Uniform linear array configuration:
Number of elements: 8
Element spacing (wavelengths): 0.75
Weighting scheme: kaiser
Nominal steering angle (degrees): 0
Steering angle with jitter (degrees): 1.629
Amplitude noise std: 0.05
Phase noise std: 0.05

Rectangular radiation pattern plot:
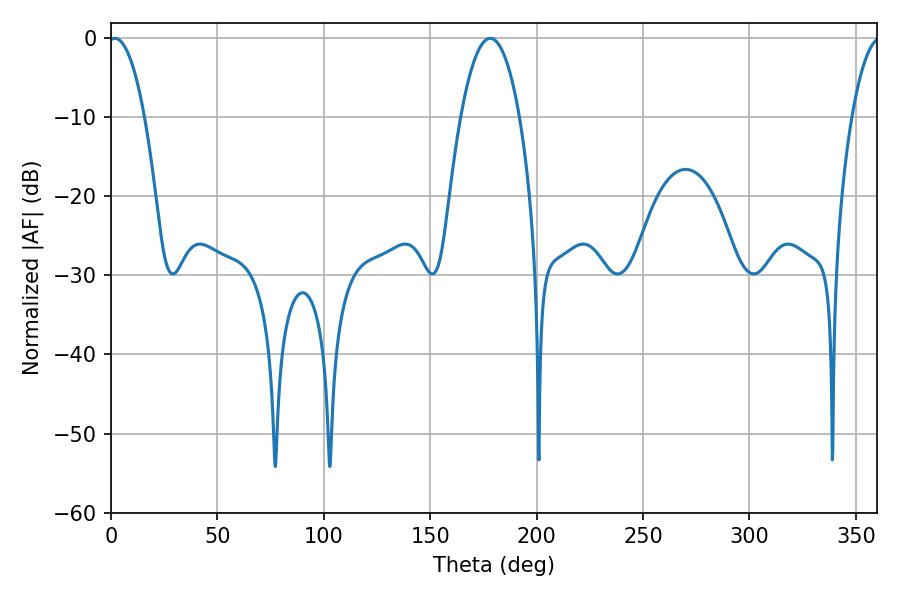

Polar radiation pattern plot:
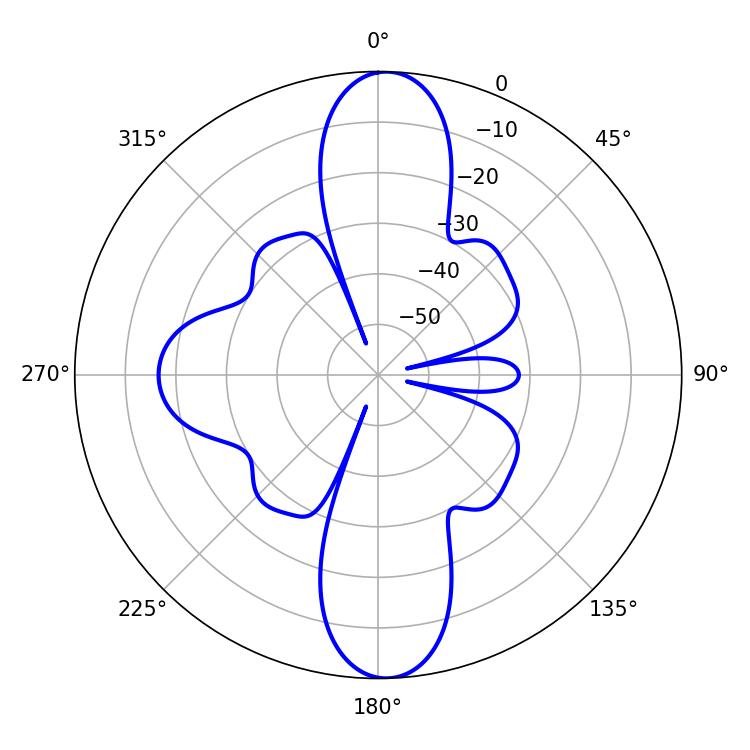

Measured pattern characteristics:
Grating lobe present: TRUE
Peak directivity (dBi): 23.41
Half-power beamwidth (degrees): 9.54
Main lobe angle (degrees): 1.8